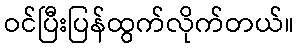
ဝင်ပြီးပြန်ထွက်လိုက်တယ်။